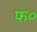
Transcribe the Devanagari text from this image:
फ०